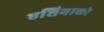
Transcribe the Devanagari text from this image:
एशियाको